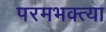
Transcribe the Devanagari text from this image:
परमभक्त्या